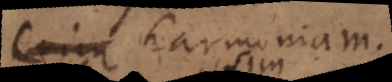
enim harmoniam.